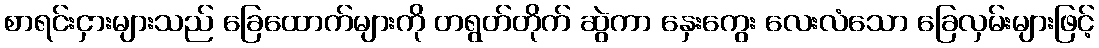
စာရင်းငှားများသည် ခြေထောက်များကို တရွတ်တိုက် ဆွဲကာ နှေးကွေး လေးလံသော ခြေလှမ်းများဖြင့်